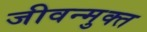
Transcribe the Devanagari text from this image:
जीवन्‍मुक्‍त